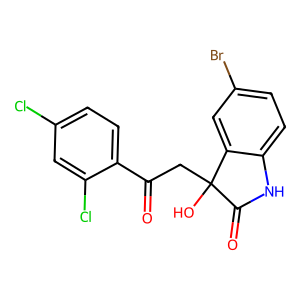
SMILES: O=C(CC1(O)C(=O)Nc2ccc(Br)cc21)c1ccc(Cl)cc1Cl
Inhibits HIV replication: No